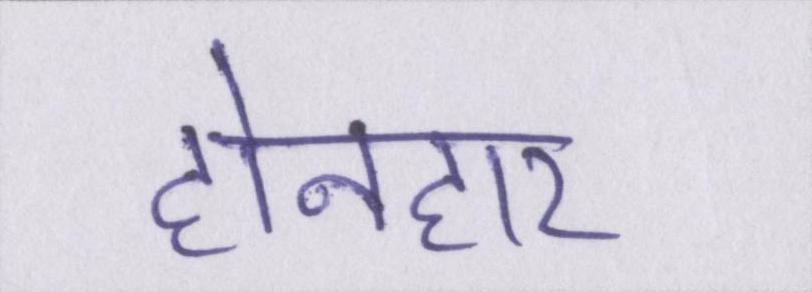
होनहार